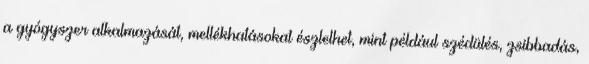
a gyógyszer alkalmazását, mellékhatásokat észlelhet, mint például szédülés, zsibbadás,